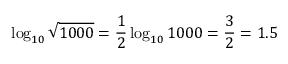
\log _ { 1 0 } { \sqrt { 1 0 0 0 } } = { \frac { 1 } { 2 } } \log _ { 1 0 } 1 0 0 0 = { \frac { 3 } { 2 } } = 1 . 5